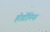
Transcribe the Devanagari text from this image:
होर्डोनिया